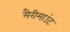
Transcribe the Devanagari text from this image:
मैरीमाउंट